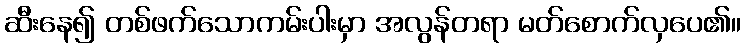
ဆီးနေ၍ တစ်ဖက်သောကမ်းပါးမှာ အလွန်တရာ မတ်စောက်လှပေ၏။